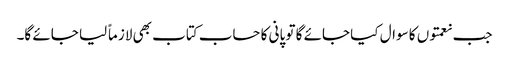
جب نعمتوں کا سوال کیا جائے گا تو پانی کا حساب کتاب بھی لازماً لیا جائے گا۔